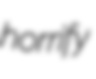
horrify